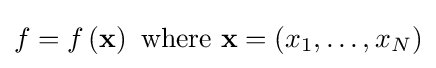
{\textstyle f=f\left(\mathbf {x} \right){\text{ where }}\mathbf {x} =\left(x_{1},\dots ,x_{N}\right)}